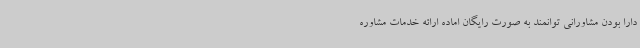
دارا بودن مشاورانی توانمند به صورت رایگان اماده ارائه خدمات مشاوره